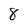
Character: 8